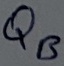
Text: QB